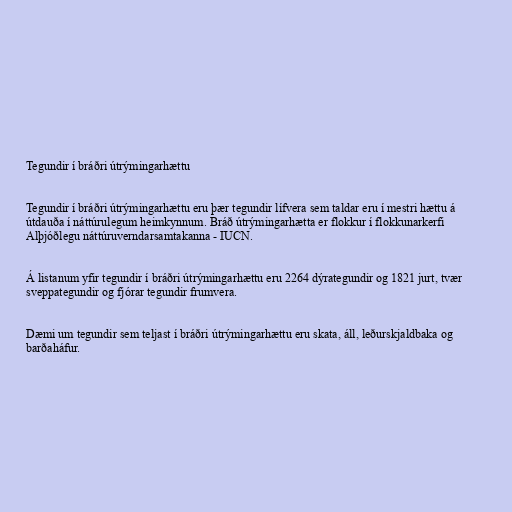
Tegundir í bráðri útrýmingarhættu

Tegundir í bráðri útrýmingarhættu eru þær tegundir lífvera sem taldar eru í mestri hættu á
útdauða í náttúrulegum heimkynnum. Bráð útrýmingarhætta er flokkur í flokkunarkerfi
Alþjóðlegu náttúruverndarsamtakanna - IUCN.

Á listanum yfir tegundir í bráðri útrýmingarhættu eru 2264 dýrategundir og 1821 jurt, tvær
sveppategundir og fjórar tegundir frumvera.

Dæmi um tegundir sem teljast í bráðri útrýmingarhættu eru skata, áll, leðurskjaldbaka og
barðaháfur.